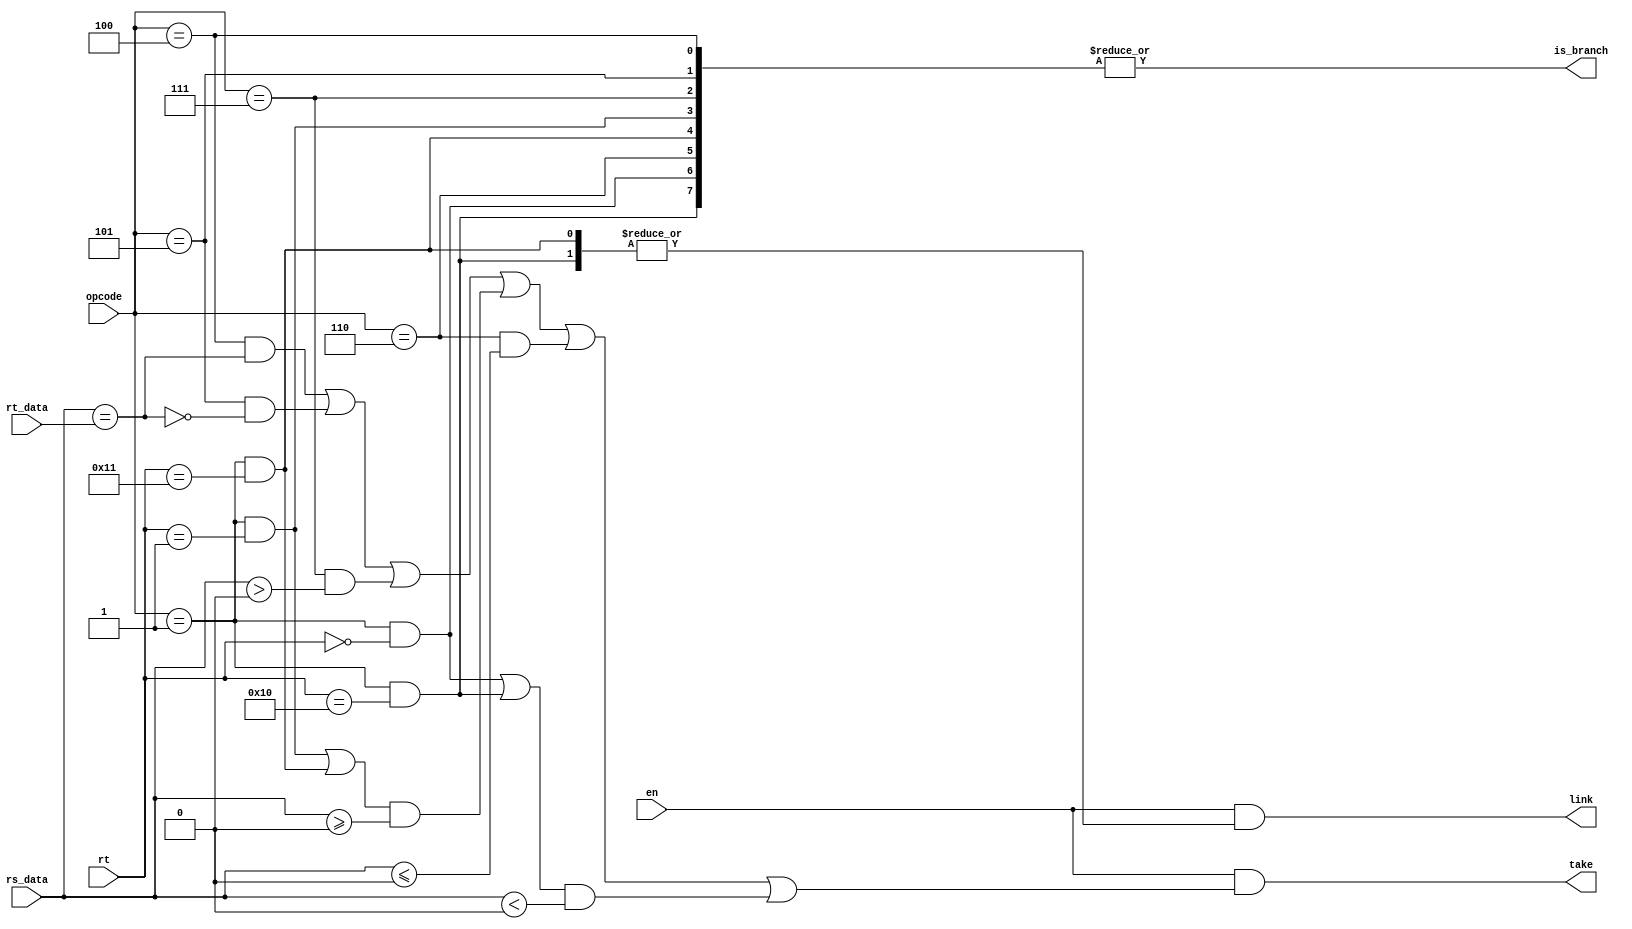
module branch_ctrl(
        input en,
        input [5:0] opcode,
        input [4:0] rt,
        input [31:0] rs_data,
        input [31:0] rt_data,
        output is_branch,
        output take,
        output link
    );
    wire is_REGIMM = opcode == 6'b000001;

    wire is_beq    = opcode == 6'b000100;
    wire is_bne    = opcode == 6'b000101;
    wire is_bgtz   = opcode == 6'b000111;
    wire is_bgez   = is_REGIMM && (rt == 5'b00001);
    wire is_bgezal = is_REGIMM && (rt == 5'b10001);
    wire is_blez   = opcode == 6'b000110;
    wire is_bltz   = is_REGIMM && (rt == 5'b00000);
    wire is_bltzal = is_REGIMM && (rt == 5'b10000);
    assign is_branch = |{
               is_beq,
               is_bne,
               is_bgtz,
               is_bgez,
               is_bgezal,
               is_blez,
               is_bltz,
               is_bltzal
           };

    wire bgez = is_bgez | is_bgezal;
    wire bltz = is_bltz | is_bltzal;

    wire eq = rs_data == rt_data;

    assign take = en &
           ((is_beq & eq)
            | (is_bne & ~eq)
            | (is_bgtz & ($signed(rs_data) > 0))
            | (bgez & ($signed(rs_data) >= 0))
            | (is_blez & ($signed(rs_data) <= 0))
            | (bltz & ($signed(rs_data) < 0))
           );

    assign link = en &
           |{is_bltzal,is_bgezal};
endmodule